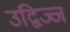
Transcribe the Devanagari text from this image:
उद्विज्ज